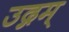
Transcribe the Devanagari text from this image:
उद्गम्